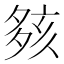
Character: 㚊